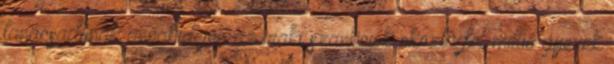
tanácsadónak annakidején az iraki szankciók okozta fél millió gyerek